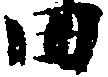
田